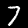
Label: 7